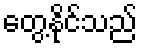
တွေ့နိုင်သည်